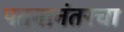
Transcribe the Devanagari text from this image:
पतनानंतरचा